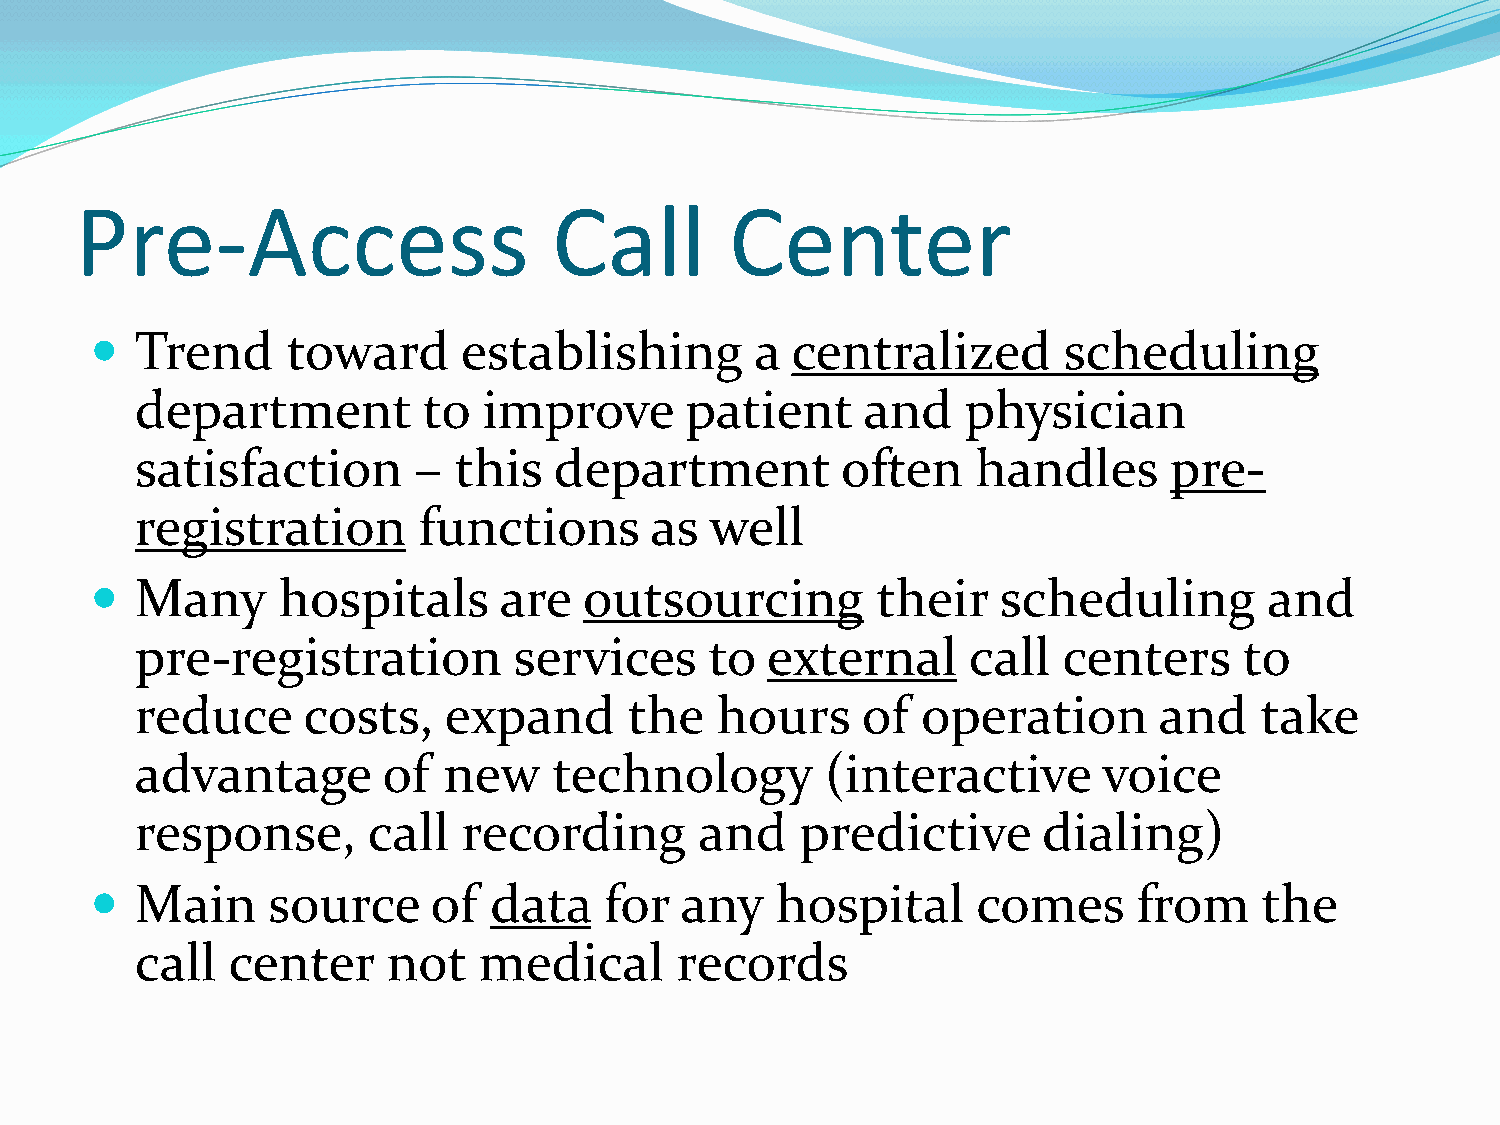
Pre-Access                      Call       Center
   Trend     toward      establishing       a centralized       scheduling
 department         to  improve      patient     and    physician
 satisfaction      –  this   department         often    handles     pre-
 registration       functions      as  well
   Many     hospitals      are   outsourcing        their   scheduling        and
 pre-registration         services     to  external     call  centers     to
 reduce     costs,   expand       the  hours     of  operation       and   take
 advantage       of  new     technology        (interactive      voice
 response,      call   recording      and    predictive      dialing)
   Main     source     of data    for  any   hospital      comes     from     the
 call  center     not   medical      records